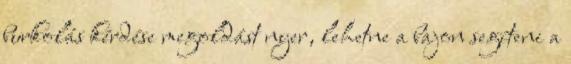
burkolás kérdése megoldást nyer, lehetne a bajon segíteni a